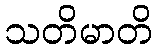
သတိမာတိ